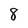
Character: 8